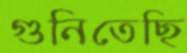
গুনিতেছি